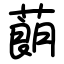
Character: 蓢